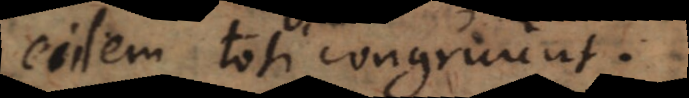
eidem toti congruunt.